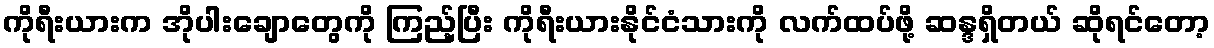
ကိုရီးယားက အိုပါးချောတွေကို ကြည့်ပြီး ကိုရီးယားနိုင်ငံသားကို လက်ထပ်ဖို့ ဆန္ဒရှိတယ် ဆိုရင်တော့